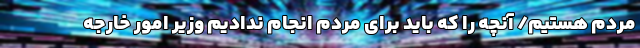
مردم هستیم/ آنچه را که باید برای مردم انجام ندادیم وزیر امور خارجه